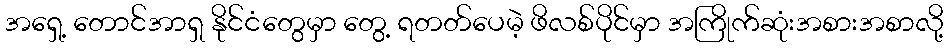
အရှေ့ တောင်အာရှ နိုင်ငံတွေမှာ တွေ့ ရတတ်ပေမဲ့ ဖိလစ်ပိုင်မှာ အကြိုက်ဆုံးအစားအစာလို့